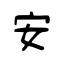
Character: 安